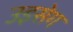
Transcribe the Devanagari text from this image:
उइसेग